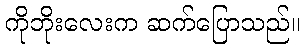
ကိုဘိုးလေးက ဆက်ပြောသည်။